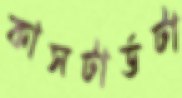
কাসটার্ডটা